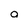
Character: o